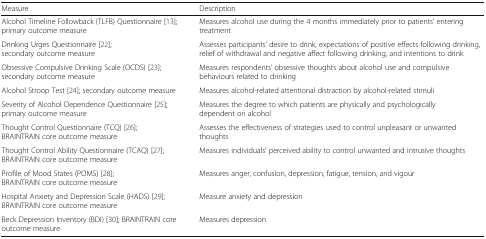
| Measure | Description |
 | --- | --- |
 | Alcohol Timeline Followback (TLFB) Questionnaire [13]; primary outcome measure | Measures alcohol use during the 4 months immediately prior to patients’ entering treatment |
 | Drinking Urges Questionnaire [22]; secondary outcome measure | Assesses participants’ desire to drink, expectations of positive effects following drinking, relief of withdrawal and negative affect following drinking, and intentions to drink |
 | Obsessive Compulsive Drinking Scale (OCDS) [23]; secondary outcome measure | Measures respondents’ obsessive thoughts about alcohol use and compulsive behaviours related to drinking |
 | Alcohol Stroop Test [24]; secondary outcome measure | Measures alcohol-related attentional distraction by alcohol-related stimuli |
 | Severity of Alcohol Dependence Questionnaire [25]; primary outcome measure | Measures the degree to which patients are physically and psychologically dependent on alcohol |
 | Thought Control Questionnaire (TCQ) [26]; BRAINTRAIN core outcome measure | Assesses the effectiveness of strategies used to control unpleasant or unwanted thoughts |
 | Thought Control Ability Questionnaire (TCAQ) [27]; BRAINTRAIN core outcome measure | Measures individuals’ perceived ability to control unwanted and intrusive thoughts |
 | Profile of Mood States (POMS) [28]; BRAINTRAIN core outcome measure | Measures anger, confusion, depression, fatigue, tension, and vigour |
 | Hospital Anxiety and Depression Scale (HADS) [29]; BRAINTRAIN core outcome measure | Measure anxiety and depression |
 | Beck Depression Inventory (BDI) [30]; BRAINTRAIN core outcome measure | Measures depression |